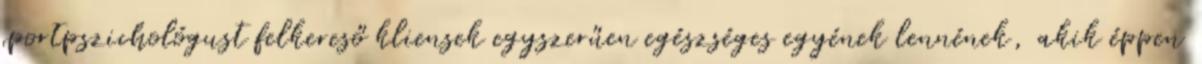
sportpszichológust felkereső kliensek egyszerűen egészséges egyének lennének, akik éppen